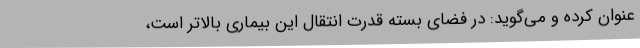
عنوان کرده و می‌گوید: در فضای بسته قدرت انتقال این بیماری بالاتر است،